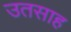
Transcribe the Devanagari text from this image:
उतसाह